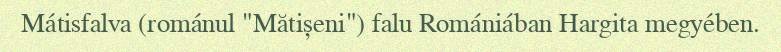
Mátisfalva (románul "Mătișeni") falu Romániában Hargita megyében.